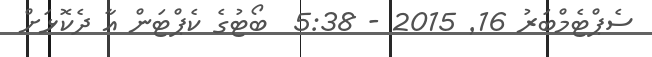
ސެޕްޓެމްބަރު 16